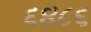
૬૪૮૬